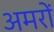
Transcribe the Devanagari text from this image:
अमरों